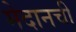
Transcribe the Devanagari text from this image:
मेदानची